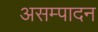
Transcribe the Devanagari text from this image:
असम्पादन